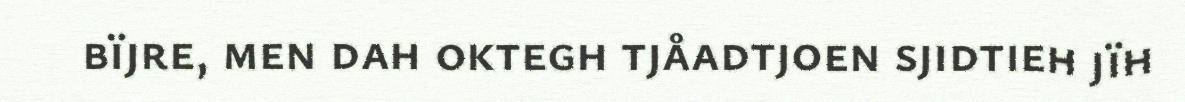
bïjre, men dah oktegh tjåadtjoen sjidtieh jïh